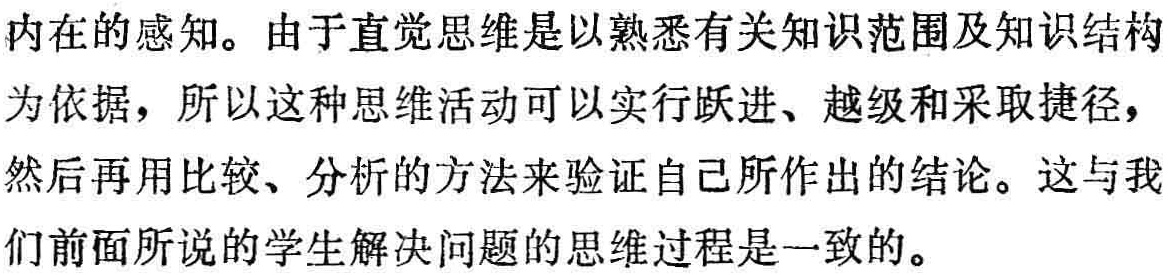
内在的感知。由于直觉思维是以熟悉有关知识范围及知识结构为依据，所以这种思维活动可以实行跃进、越级和采取捷径，然后再用比较、分析的方法来验证自己所作出的结论。这与我们前面所说的学生解决问题的思维过程是一致的。